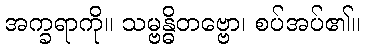
အက္ခရာကို။ သမ္ဗန္ဓိတဗ္ဗော၊ စပ်အပ်၏။